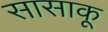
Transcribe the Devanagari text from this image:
सासाकू